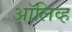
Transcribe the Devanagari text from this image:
अाॅलिव्ह